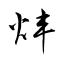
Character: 炐